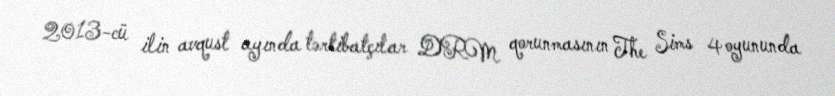
2013-cü ilin avqust ayında tərtibatçılar DRM qorunmasının The Sims 4 oyununda